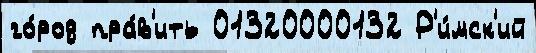
го́род пра́в'ить 01320000132 Р'и́мск'ий